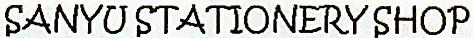
SANYU STATIONERY SHOP